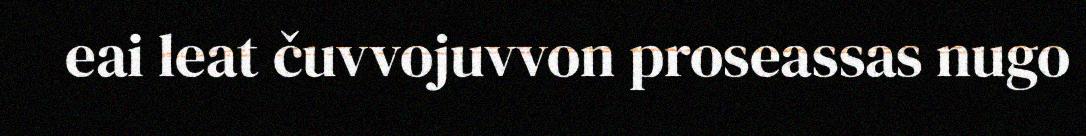
eai leat čuvvojuvvon proseassas nugo